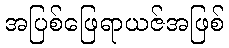
အပြစ်ဖြေရာယဇ်အဖြစ်